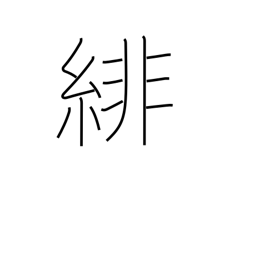
Meaning: cardinal